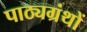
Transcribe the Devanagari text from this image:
पाठ्यग्रंथों